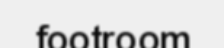
footroom